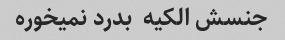
جنسش الکیه  بدرد نمیخوره